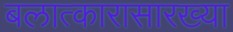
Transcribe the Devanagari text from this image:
बलात्कारासारख्या